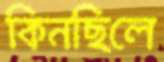
কিনছিলে